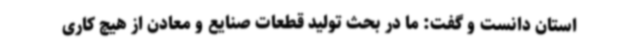
استان دانست و گفت: ما در بحث تولید قطعات صنایع و معادن از هیچ کاری